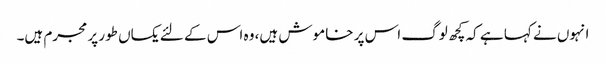
انہوں نے کہا ہے کہ کچھ لوگ اس پر خاموش ہیں، وہ اس کے لئے یکساں طور پر مجرم ہیں۔